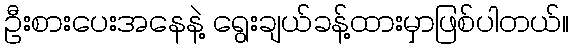
ဦးစားပေးအနေနဲ့ ရွေးချယ်ခန့်ထားမှာဖြစ်ပါတယ်။